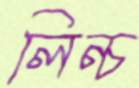
লিন্চ